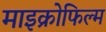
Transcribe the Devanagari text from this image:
माइक्रोफिल्‍म